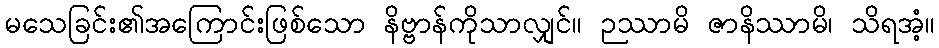
မသေခြင်း၏အကြောင်းဖြစ်သော နိဗ္ဗာန်ကိုသာလျှင်။ ဉဿာမိ ဇာနိဿာမိ၊ သိရအံ့။